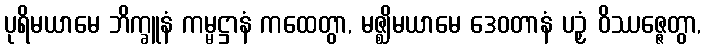
ပုရိမယာမေ ဘိက္ခူနံ ကမ္မဋ္ဌာနံ ကထေတွာ, မဇ္ဈိမယာမေ ဒေဝတာနံ ပဉှံ ဝိဿဇ္ဇေတွာ,